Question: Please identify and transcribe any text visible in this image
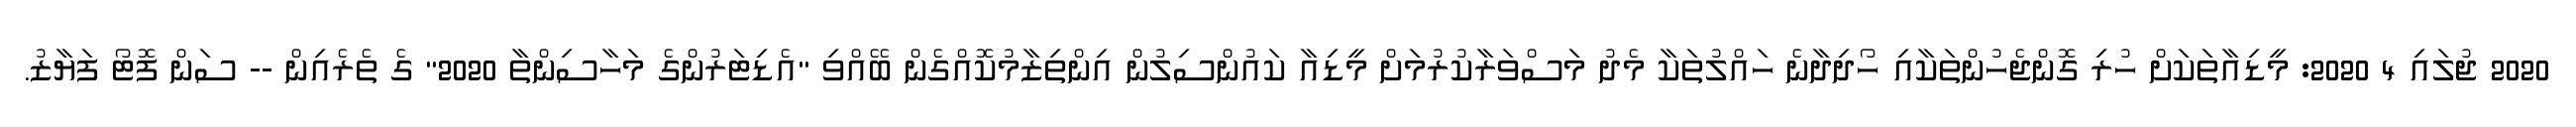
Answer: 2020 ޖުލައި 4 2020: މީޑިއާތަކަށް ހުރި ގޮންޖެހުންތަކާއި ހޯދިދާނެ ހައްލުތަކާ މެދު މަސްވަރާކުރުމަށް މީޑިއާ ކައުންސިލުން އިންތިޒާމުކޮއްގެން ބޭއްވި "އެޑިޓަރުންގެ މަހާސިންތާ 2020" ގެ ތެރެއިން -- ސަން ފޮޓޯ ފަޔާޒު.